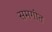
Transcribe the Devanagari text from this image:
समगीत